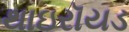
થાઇરૉયડ